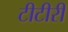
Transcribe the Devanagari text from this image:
टीटीरी